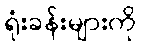
ရုံးခန်းများကို